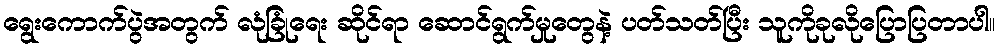
ရွေးကောက်ပွဲအတွက် လုံခြုံရေး ဆိုင်ရာ ဆောင်ရွက်မှုတွေနဲ့ ပတ်သတ်ပြီး သူကိုခုလိုပြောပြတာပါ။